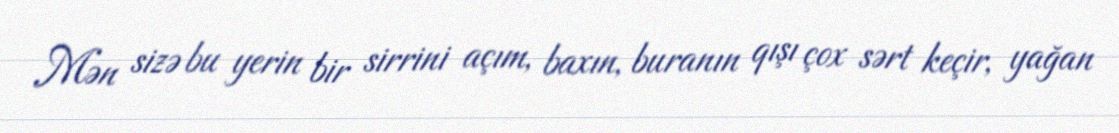
Mən sizə bu yerin bir sirrini açım, baxın, buranın qışı çox sərt keçir, yağan